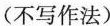
(不写作法)